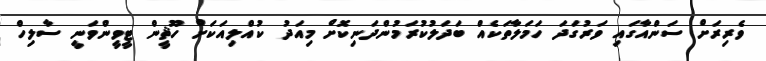
ވެރިރަށް ސަންއާގައި ވަރުގަދަ ހަމަލާތަކެއް ބަދަލުކުރަމުންދަނިކޮށް މިއަދު ކުއްލިއަކަށް ހޫޘީން ޓީވީންވަނީ ސާލިހް